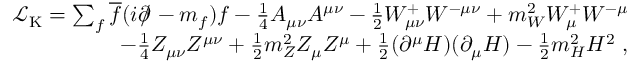
\begin{array} { r } { { \mathcal { L } } _ { \mathrm { K } } = \sum _ { f } { \overline { { f } } } ( i \partial \! \! \! / \! \; - m _ { f } ) f - { \frac { 1 } { 4 } } A _ { \mu \nu } A ^ { \mu \nu } - { \frac { 1 } { 2 } } W _ { \mu \nu } ^ { + } W ^ { - \mu \nu } + m _ { W } ^ { 2 } W _ { \mu } ^ { + } W ^ { - \mu } } \\ { \qquad - { \frac { 1 } { 4 } } Z _ { \mu \nu } Z ^ { \mu \nu } + { \frac { 1 } { 2 } } m _ { Z } ^ { 2 } Z _ { \mu } Z ^ { \mu } + { \frac { 1 } { 2 } } ( \partial ^ { \mu } H ) ( \partial _ { \mu } H ) - { \frac { 1 } { 2 } } m _ { H } ^ { 2 } H ^ { 2 } ~ , } \end{array}